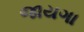
જાયગા